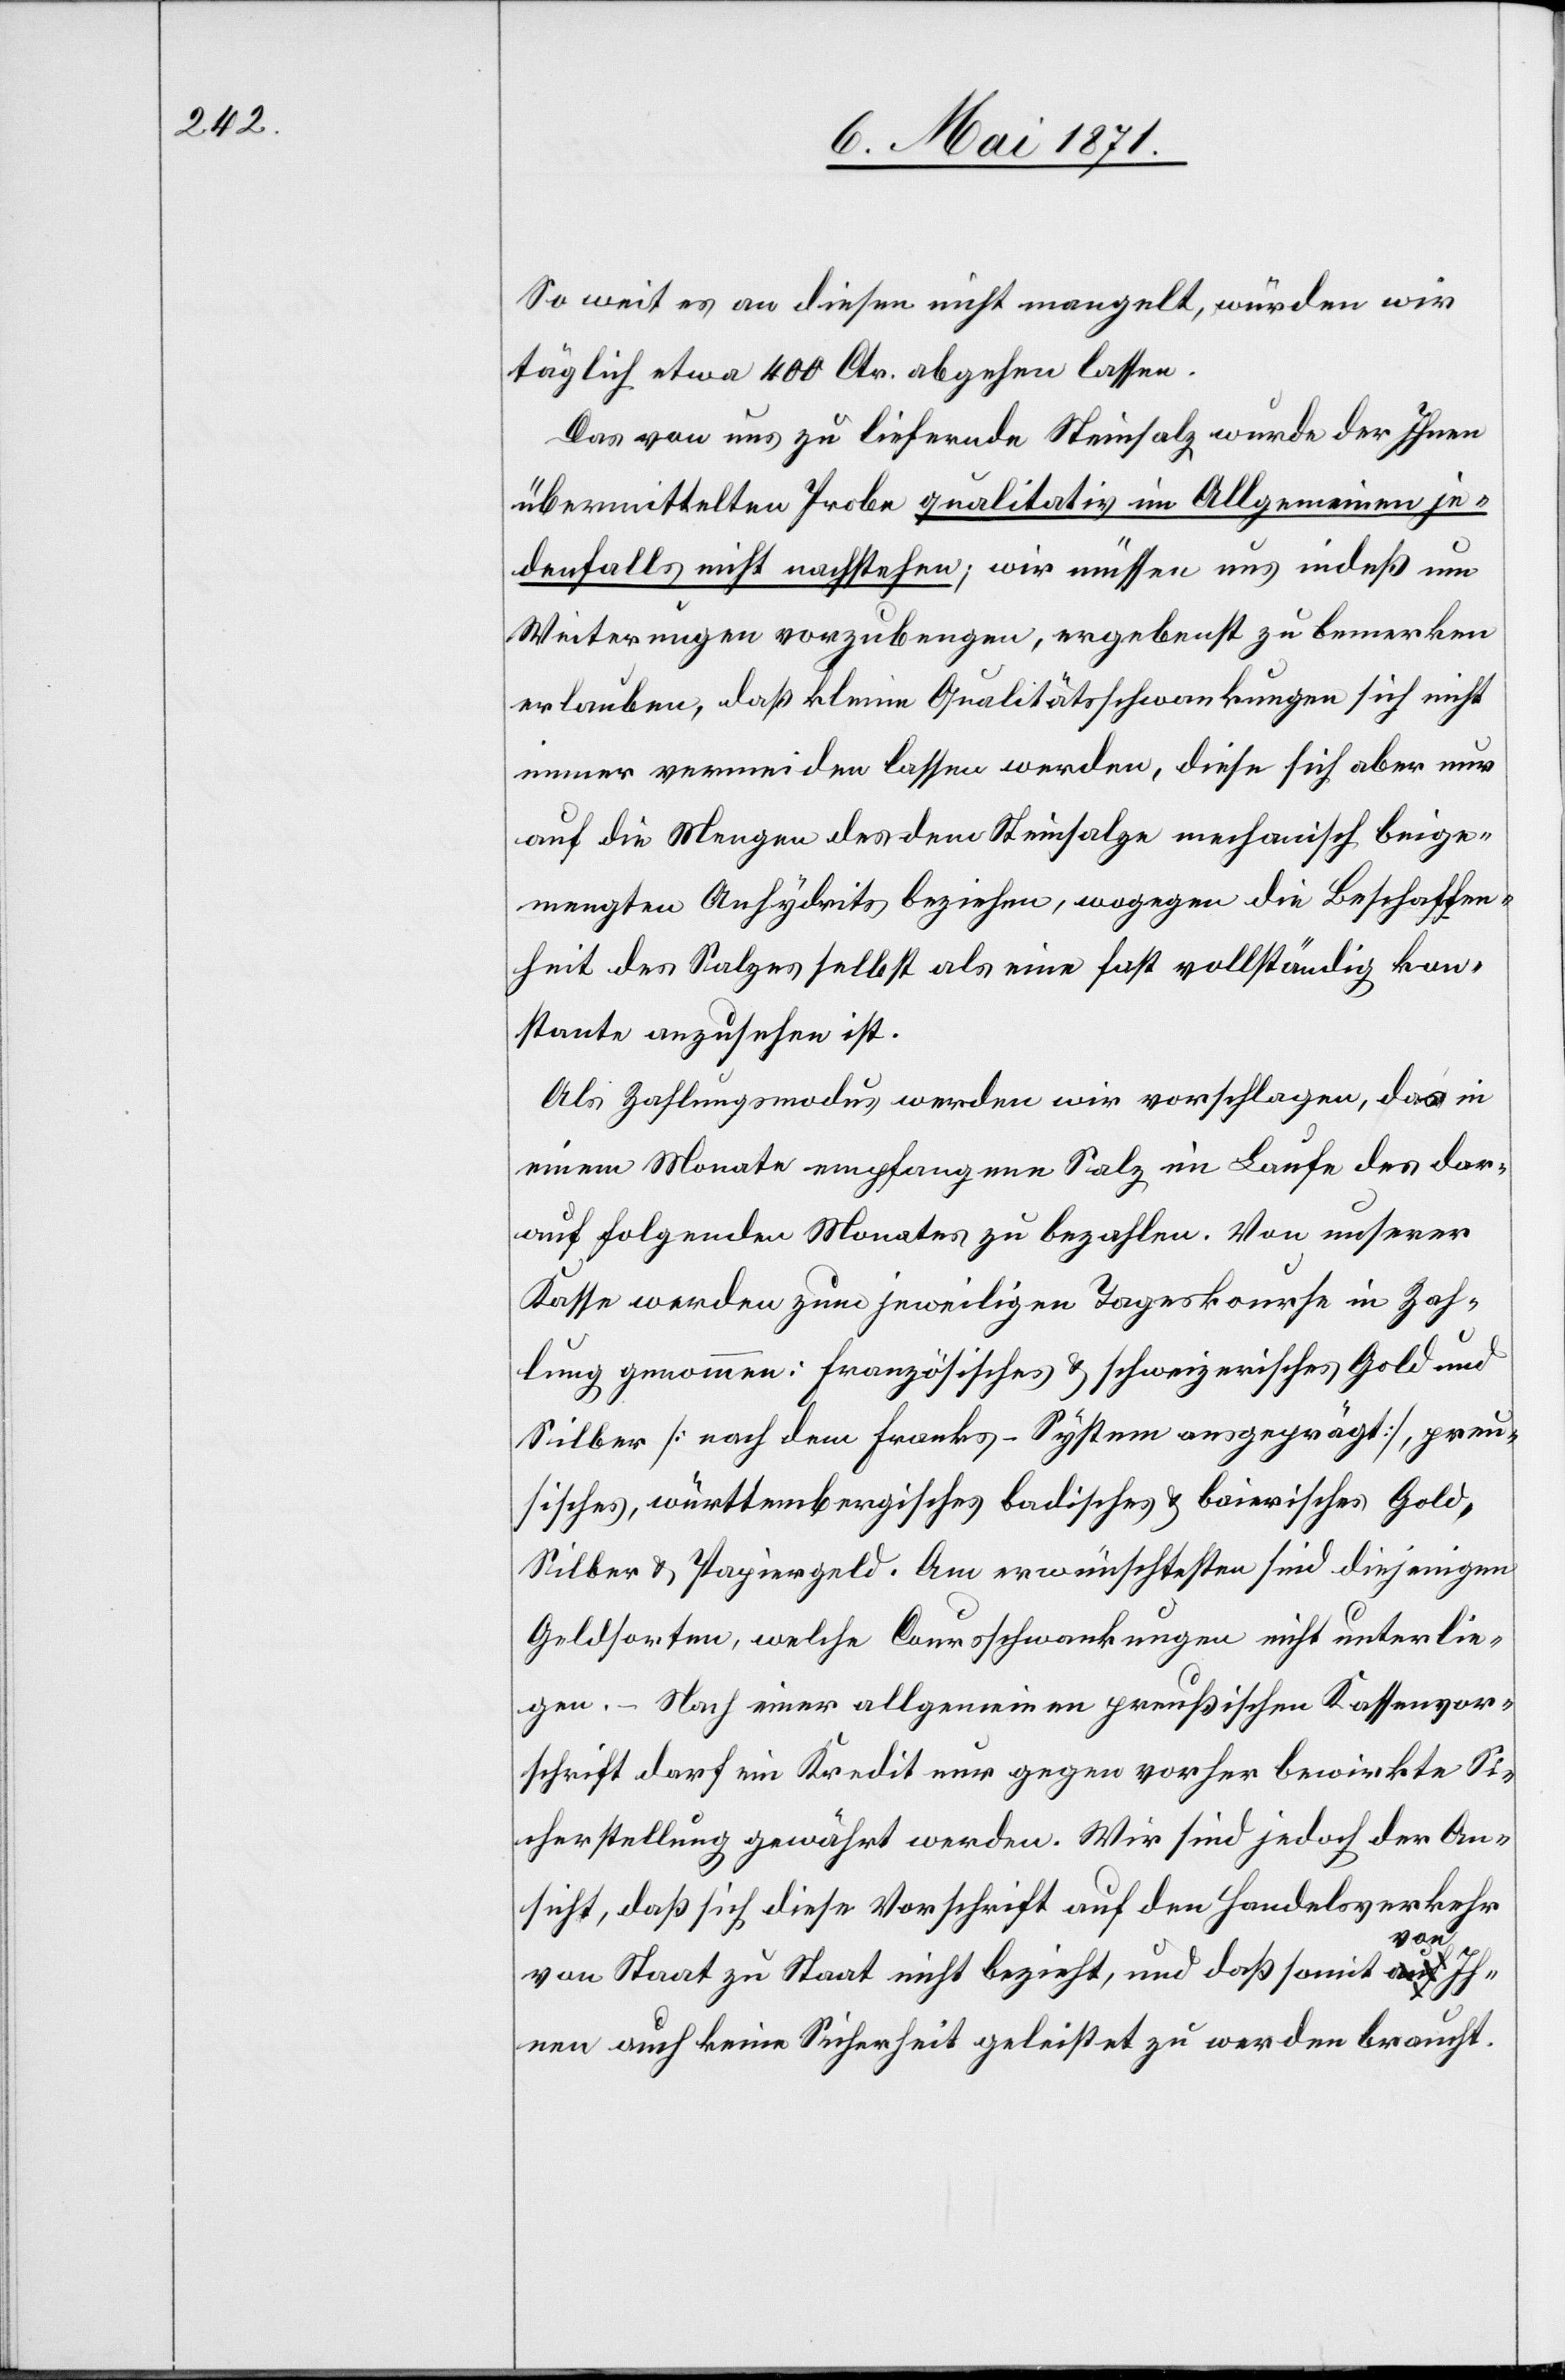
So weit es an diesen nicht mangelt, würden wir
täglich etwa 400 Ctr. abgehen lassen.
Das von uns zu liefernde Steinsalz wurde der Ihnen
übermittelten Probe qualitativ im Allgemeinen je¬
denfalls nicht nachstehen; wir müssen uns indeß um
Weiterungen vorzubeugen, ergebenst zu bemerken
erlauben, daß kleine Qualitätsschwankungen sich nicht
immer vermeiden lassen werden, diese sich aber nur
auf die Mengen des dem Steinsalze mechanisch beige¬
mengten Anhydrits beziehen, wogegen die Beschaffen¬
heit des Salzes selbst als eine fast vollständig kon¬
stante anzusehen ist.
Als Zahlungsmodus werden wir vorschlagen, das in
einem Monate empfangene Salz im Laufe des dar¬
auf folgenden Monates zu bezahlen. Von unserer
Kasse werden zum jeweiligen Tageskourse in Zah¬
lung genommen: Französisches u. schweizerischen Gold und
Silber [nach dem Franks-System ausgeprägt], preu¬
sisches, württembergisches badisches u. baierisches Gold,
Silber u. Papiergeld. Am erwünschtesten sind diejenigen
Geldsorten, welche Coursschwankungen nicht unterlie¬
gen. – Nach einer allgemeinen preußischen Kassenvor¬
schrift darf ein Kredit nur gegen vorher bewirkte Si¬
cherstellung gewährt werden. Wir sind jedoch der An¬
sicht, daß sich diese Vorschrift auf den Handelsverkehr
von Staat zu Staat nicht bezieht, und daß somit von Ih¬
nen auch keine Sicherheit geleistet zu werden braucht.